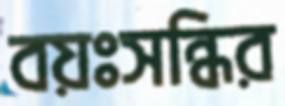
বয়ঃসন্ধির